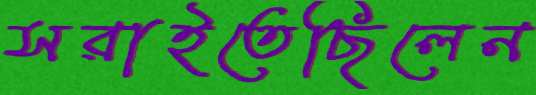
সরাইতেছিলেন